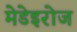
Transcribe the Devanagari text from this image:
मेडेइरोज